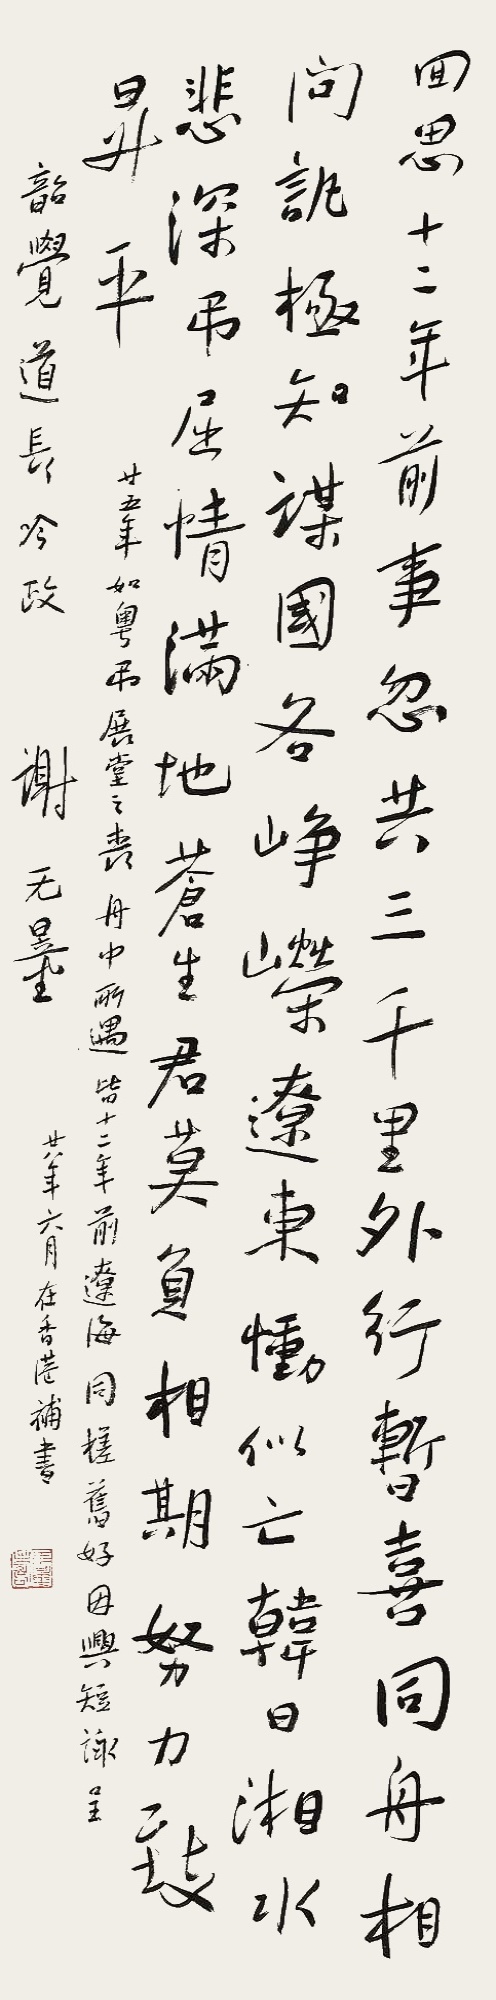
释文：回思十二年前事，忽共三千里外行。暂喜同舟相问讯，极知谋国各峥嵘。辽东恸似亡韩日，湘水悲深吊屈情。满地苍生君莫负，相期努力致升平。廿五年如粤弟吊堂之丧，舟中所遇皆十二年前，辽海同槎旧好，因兴短咏，呈韶觉道长吟政，谢无量廿八年（1939年）六月在香港补书。